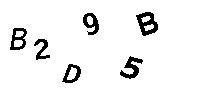
B2D95B